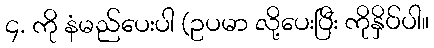
၄. ကို နံမည်ပေးပါ (ဥပမာ လို့ပေးပြီး ကိုနှိပ်ပါ။